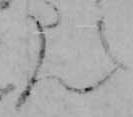
ん